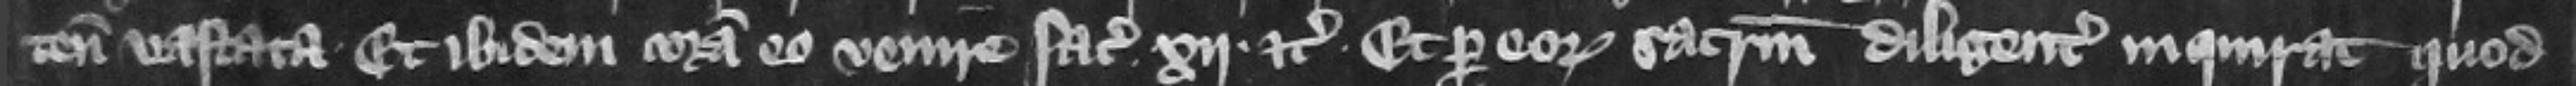
tenementa vastata et ibidem coram eo venire faciat .xij. etc. et per eorum sacramentum diligenter inquirat quod